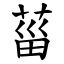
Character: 菑